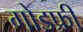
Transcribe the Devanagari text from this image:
गोडफ्री